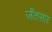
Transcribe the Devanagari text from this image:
जँतसार